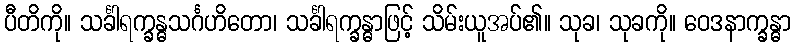
ပီတိကို။ သင်္ခါရက္ခန္ဓသင်္ဂဟိတော၊ သင်္ခါရက္ခန္ဓာဖြင့် သိမ်းယူအပ်၏။ သုခ၊ သုခကို။ ဝေဒနာက္ခန္ဓာ